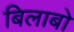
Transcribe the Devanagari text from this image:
बिलाबो